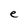
Character: e